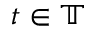
t \in \mathbb { T }